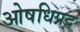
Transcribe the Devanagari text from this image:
ओषधिप्रद